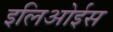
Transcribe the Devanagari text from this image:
इलिओईस